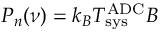
P _ { n } ( \nu ) = k _ { B } T _ { \mathrm { s y s } } ^ { \mathrm { A D C } } B